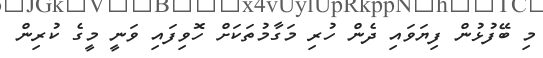
މި ބޭފުޅުން ފިޔަވައި ދެން ހުރި މަގާމުތަކަށް ހޮވިފައި ވަނީ މީގެ ކުރިން